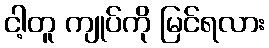
ငါ့တူ ကျုပ်ကို မြင်ရလား